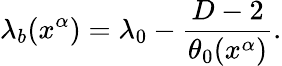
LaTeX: \lambda_{b}(x^{\alpha})=\lambda_{0}-\frac{D-2}{\theta_{0}(x^{\alpha})}.